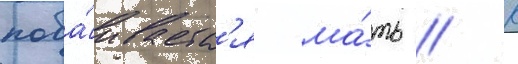
поба́иваетс'я ма́ть // К